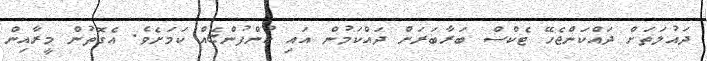
ދައުލަތަށް ދައްކަންޖެހޭ ޓެކްސް ބަރާބަރަށް ދައްކަމުން އައި ކުންފުންޏެއް ކަމަށެވެ. އެގޮތުން މީރާއިން